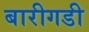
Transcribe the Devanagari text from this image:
बारीगडी